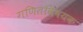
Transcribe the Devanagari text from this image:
गणितविषयक